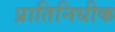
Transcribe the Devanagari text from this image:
प्रातिनिधीक